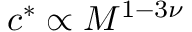
c ^ { * } \propto M ^ { 1 - 3 \nu }